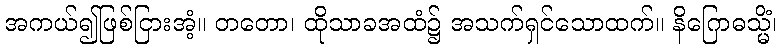
အကယ်၍ဖြစ်ငြားအံ့။ တတော၊ ထိုသာခအထံ၌ အသက်ရှင်သောထက်။ နိဂြောဓသ္မိံ၊